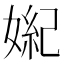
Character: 𪦏